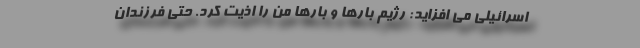
اسرائیلی می افزاید: رژیم بارها و بارها من را اذیت کرد. حتی فرزندان